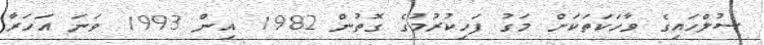
ސުލްހައިގެ ވާހަކަތަކަށް މަގު ފަހިކުރުމުގެ ގޮތުން 1982 އިން 1993 ވަނަ އަހަރާ